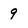
Character: 9